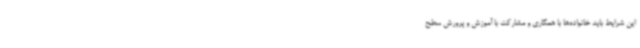
این شرایط باید خانواده‌ها با همکاری و مشارکت با آموزش و پرورش سطح